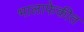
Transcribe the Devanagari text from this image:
भालाफेकीत